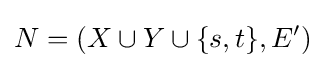
N=(X\cup Y\cup \{s,t\},E')